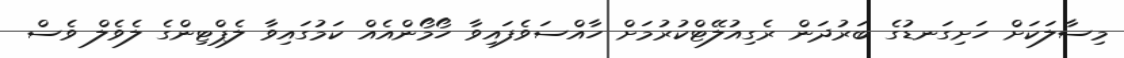
މިސާލަކަށް ހަށިގަނޑުގެ ބަރުދަން ރެގިއުލޭޓްކުރުމަށް ހާއްސަވެފައިވާ ހޯމޯންއެއް ކަމުގައިވާ ލެޕްޓިންގެ ލެވެލް ވެސް